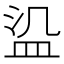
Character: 𬐛